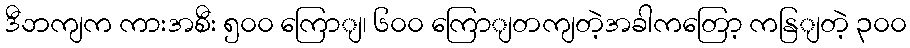
ဒီဘကျက ကားအစီး ၅၀၀ ကြောျ၊ ၆၀၀ ကြောျတကျတဲ့အခါကတြော့ ကနြျတဲ့ ၃၀၀